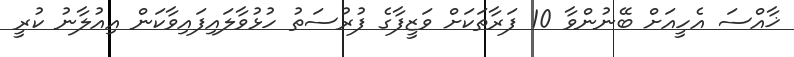
ޚާއްސަ އެހީއަށް ބޭނުންވާ 10 ފަރާތަކަށް ވަޒީފާގެ ފުރުސަތު ހުޅުވާލައިފައިވާކަން އިއުލާނު ކުރީ